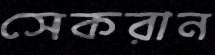
সেকরান